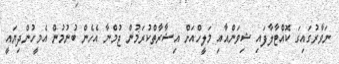
ނަވާރުގައިގަ ކޮއްޓާލާފައި ޝިވަންއާއި މަލީހްއަށް އިޝާރާތްކުރަމުން ޖުމްނާ އެހެން ބުނުމުން އެމީހުންދިޔައީ